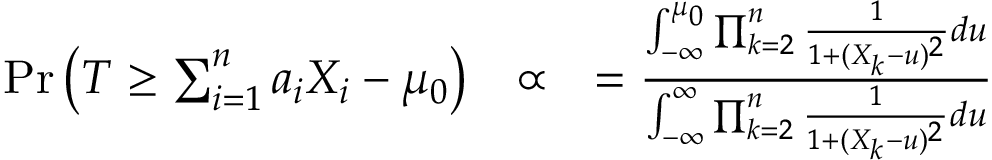
\begin{array} { r l r } { \mathrm { P r } \left( T \geq \sum _ { i = 1 } ^ { n } a _ { i } X _ { i } - \mu _ { 0 } \right) } & { \propto } & { = \frac { \int _ { - \infty } ^ { \mu _ { 0 } } \prod _ { k = 2 } ^ { n } \frac { 1 } { 1 + ( X _ { k } - u ) ^ { 2 } } d u } { \int _ { - \infty } ^ { \infty } \prod _ { k = 2 } ^ { n } \frac { 1 } { 1 + ( X _ { k } - u ) ^ { 2 } } d u } } \end{array}